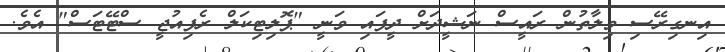
އިނގިރޭސި ވިލާތުން ރައީސް ނަޝީދަށް ދީފައި ވަނީ "ޕޮލިޓިކަލް ރެފިއުޖީ ސްޓޭޓަސް" އެވެ.